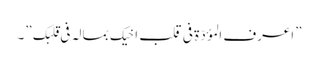
”اعرف المؤدّة فی قلب اخیک بمالہ فی قلبک ”۔